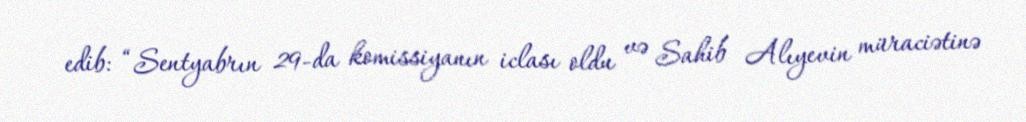
edib: “Sentyabrın 29-da komissiyanın iclası oldu və Sahib Alıyevin müraciətinə